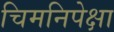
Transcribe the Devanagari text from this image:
चिमनिपेक्षा